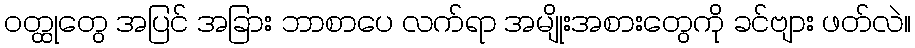
ဝတ္ထုတွေ အပြင် အခြား ဘာစာပေ လက်ရာ အမျိုးအစားတွေကို ခင်ဗျား ဖတ်လဲ။